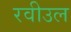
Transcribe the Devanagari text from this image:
रवीउल